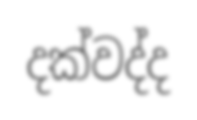
දක්වද්ද